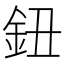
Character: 鈕